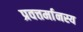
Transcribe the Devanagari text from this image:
प्रवत्तर्मानस्य